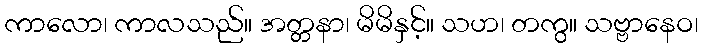
ကာလော၊ ကာလသည်။ အတ္တနာ၊ မိမိနှင့်။ သဟ၊ တကွ။ သဗ္ဗာနေဝ၊